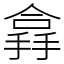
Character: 搻